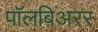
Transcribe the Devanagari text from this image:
पॉलबिअरर